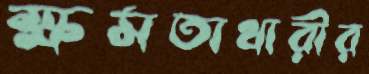
ক্ষমতাধারীর